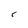
Character: r